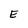
Character: E